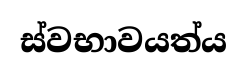
ස්වභාවයත්ය